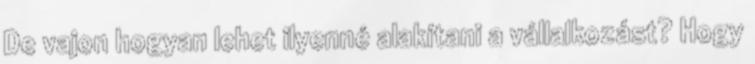
De vajon hogyan lehet ilyenné alakítani a vállalkozást? Hogy